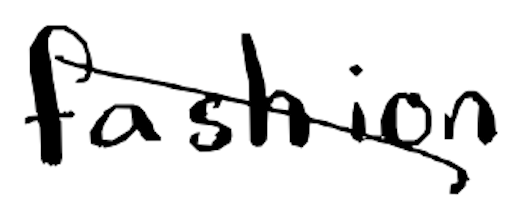
Text: fashion
Cross-out: diagonal
Writing tool: digital_black